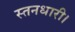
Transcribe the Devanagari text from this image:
स्तनधारी।